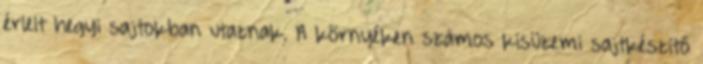
érlelt hegyi sajtokban utaznak. A környéken számos kisüzemi sajtkészítő